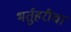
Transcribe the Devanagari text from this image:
भर्तुहरीचा